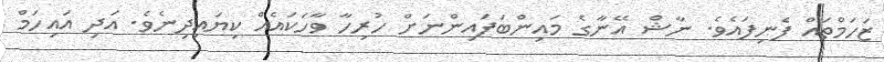
ޒަހަމްތައް ފެނިފައެވެ. ނާޝް އޭނާގެ މައިންބަފައިންނަށް ހުރިހާ ވާހަކައެއް ކިޔައިދިނެވެ. އަދި އައިހަމް